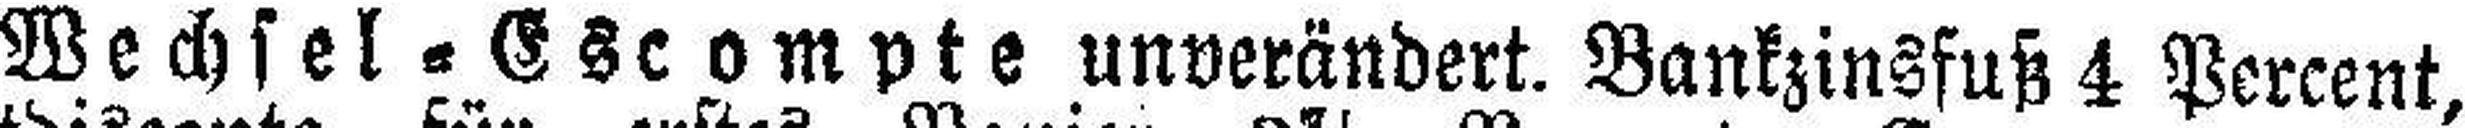
Wechsel=Escompte unverändert. Bankzinsfuß 4 Percent,